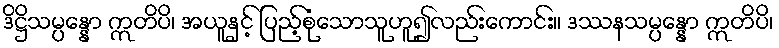
ဒိဋ္ဌိသမ္ပန္နော ဣတိပိ၊ အယူနှင့် ပြည့်စုံသောသူဟူ၍လည်းကောင်း။ ဒဿနသမ္ပန္နော ဣတိပိ၊